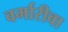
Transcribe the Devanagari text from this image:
वर्मारीवा